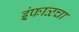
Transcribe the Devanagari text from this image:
इंफाळचा